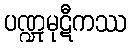
ပဏ္ဍုမုဋီကဿ